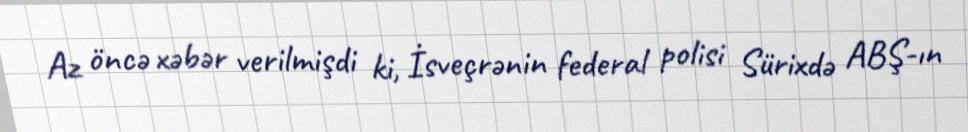
Az öncə xəbər verilmişdi ki, İsveçrənin federal polisi Sürixdə ABŞ-ın